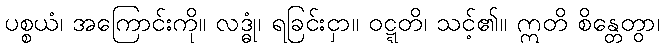
ပစ္စယံ၊ အကြောင်းကို။ လဒ္ဓုံ၊ ရခြင်းငှာ။ ဝဋ္ဋတိ၊ သင့်၏။ ဣတိ စိန္တေတွာ၊